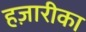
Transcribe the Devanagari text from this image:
हज़ारीका